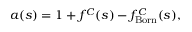
a ( s ) = 1 + f ^ { C } ( s ) - f _ { \mathrm { B o r n } } ^ { C } ( s ) ,